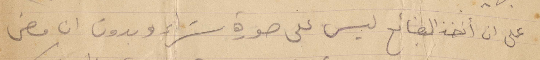
على ان اخذ البضائع ليس على صورة شراء وبدون ان مضى